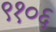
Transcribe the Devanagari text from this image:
९१०६